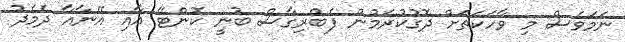
ނަމަވެސް މި ވާހަކަތަށް ދޮގުކުރަމުން ފެބްރިގާސް ބުނީ ކޮންޓޭ އާއި އޭނާއާ ދެމެދު